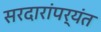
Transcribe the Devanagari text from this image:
सरदारांपर्यंत